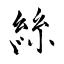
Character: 絲